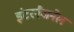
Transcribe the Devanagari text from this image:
इंटरनैजनेल